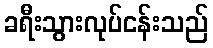
ခရီးသွားလုပ်ငန်းသည်